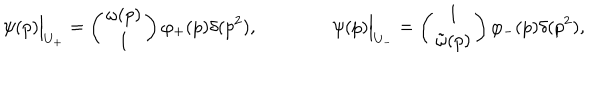
LaTeX: \psi ( p ) \Bigr | _ { U _ { + } } = \left( \begin{matrix} { { \omega ( p ) } } \\ { { 1 } } \\ \end{matrix} \right) \varphi _ { + } ( p ) \delta ( p ^ { 2 } ) , \qquad \qquad \psi ( p ) \Bigr | _ { U _ { - } } = \left( \begin{matrix} { { 1 } } \\ { { \tilde { \omega } ( p ) } } \\ \end{matrix} \right) \varphi _ { - } ( p ) \delta ( p ^ { 2 } ) ,